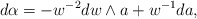
\begin{align*}d\alpha = -w^{-2}dw \wedge a + w^{-1}da,\end{align*}